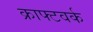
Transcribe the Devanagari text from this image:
क्राफ्टवर्क